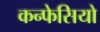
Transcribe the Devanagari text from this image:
कन्फेसियो